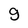
Character: g